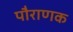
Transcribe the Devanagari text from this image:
पौराणक